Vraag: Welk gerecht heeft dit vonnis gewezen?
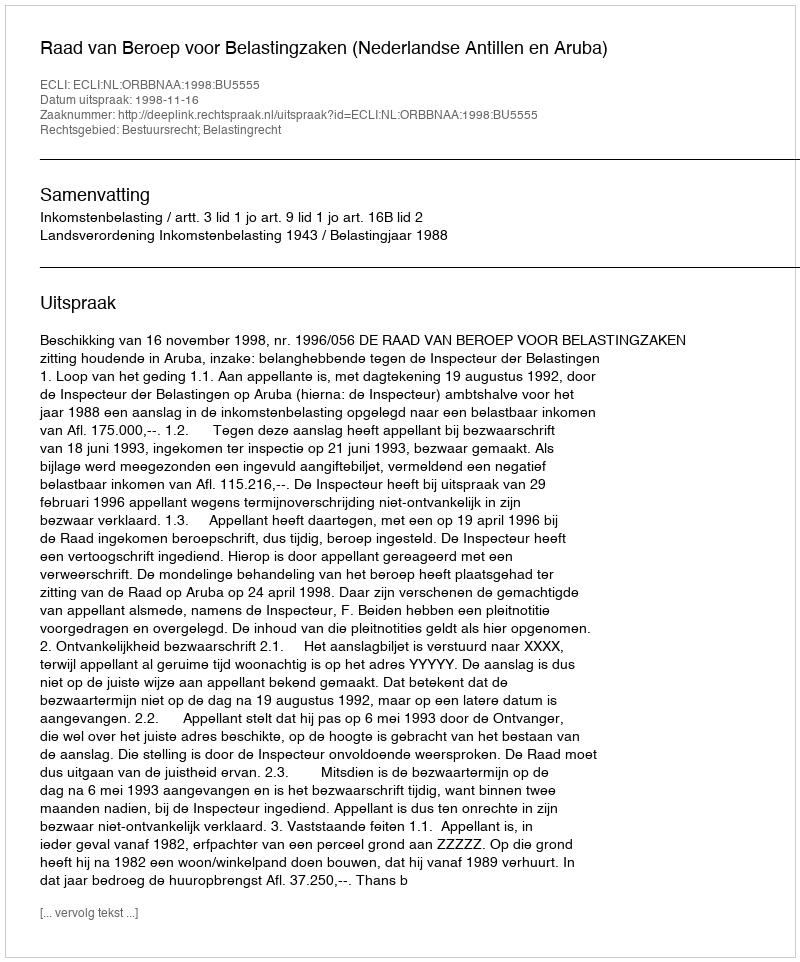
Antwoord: Raad van Beroep voor Belastingzaken (Nederlandse Antillen en Aruba)